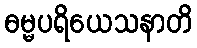
ဓမ္မပရိယေသနာတိ